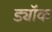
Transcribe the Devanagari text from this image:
ड्यॉक